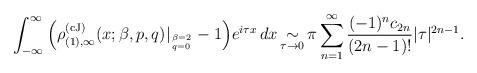
LaTeX: \begin{align*} \int_{-\infty}^\infty \Big ( {\rho}_{(1), \infty}^{(\rm cJ)}(x;\beta,p,q) |_{\beta = 2 \atop q=0} - 1 \Big ) e^{i \tau x} \, dx \mathop{\sim}\limits_{\tau \to 0} \pi \sum_{n=1}^\infty {(-1)^n c_{2n} \over (2n-1)!} | \tau |^{2n-1}. \end{align*}